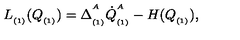
L _ { _ { ( 1 ) } } ( Q _ { _ { ( 1 ) } } ) = \Delta _ { _ { ( 1 ) } } ^ { ^ A } \dot { Q } _ { _ { ( 1 ) } } ^ { ^ A } - H ( Q _ { _ { ( 1 ) } } ) ,